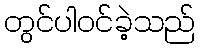
တွင်ပါဝင်ခဲ့သည်